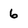
Character: 6